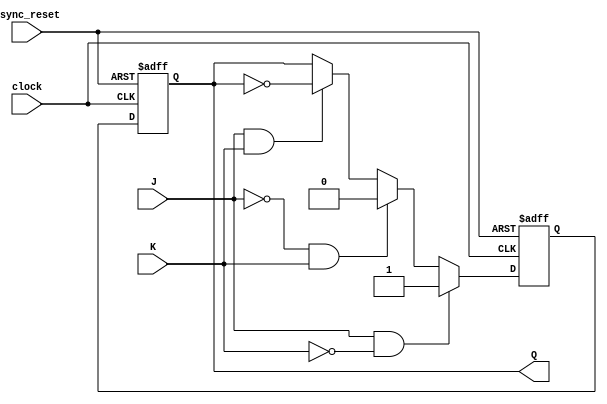
module jk_flipflop (
    input J,
    input K,
    input clock,
    input async_reset,
    output reg Q
);

// Master block
reg Q_next;
always @(posedge clock or negedge async_reset) begin
    if (async_reset == 0) begin
        Q_next <= 0;
    end else begin
        if (J & !K) begin
            Q_next <= 1;
        end else if (!J & K) begin
            Q_next <= 0;
        end else if (J & K) begin
            Q_next <= ~Q;
        end else begin
            Q_next <= Q;
        end
    end
end

// Slave block
always @(posedge clock or negedge async_reset) begin
    if (async_reset == 0) begin
        Q <= 0;
    end else begin
        Q <= Q_next;
    end
end

endmodule